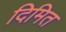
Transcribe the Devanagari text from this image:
दिमित